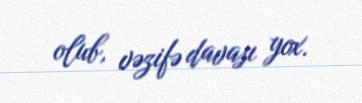
olub, vəzifə davası yox.